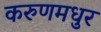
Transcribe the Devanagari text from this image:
करुणमधुर